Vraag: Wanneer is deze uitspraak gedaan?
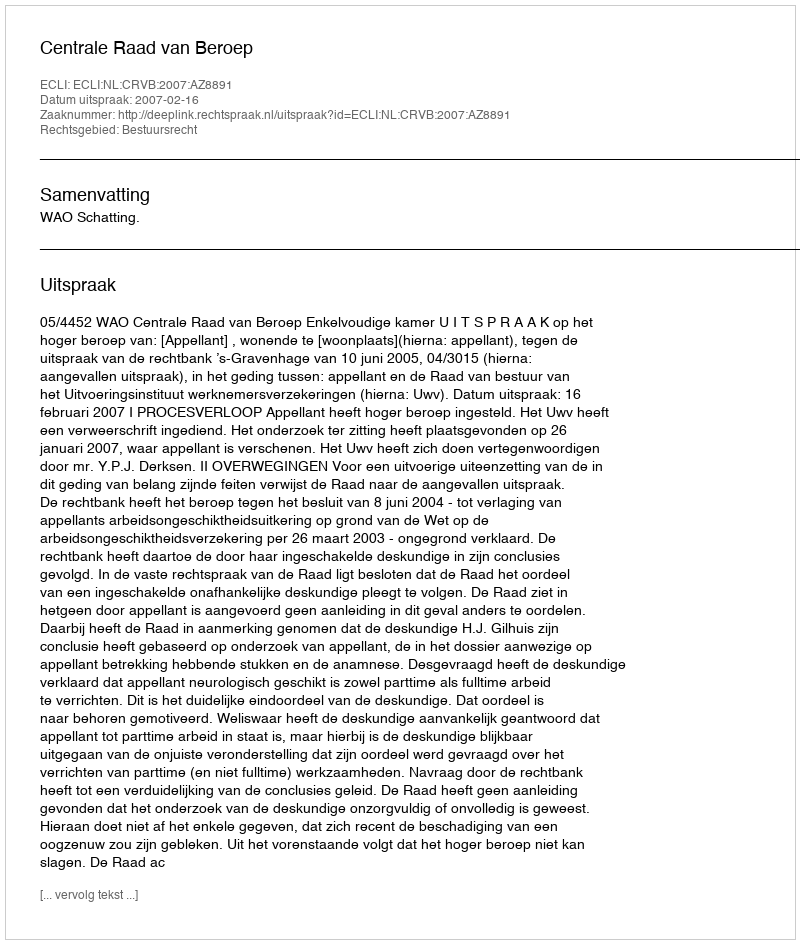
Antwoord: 2007-02-16